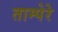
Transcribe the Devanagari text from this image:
ताम्पेरे